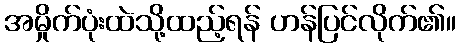
အမှိုက်ပုံးထဲသို့ထည့်ရန် ဟန်ပြင်လိုက်၏။